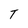
Character: T